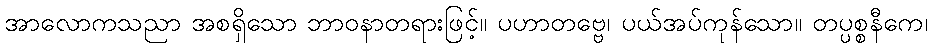
အာလောကသညာ အစရှိသော ဘာဝနာတရားဖြင့်။ ပဟာတဗ္ဗေ၊ ပယ်အပ်ကုန်သော။ တပ္ပစ္စနီကေ၊